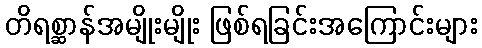
တိရစ္ဆာန်အမျိုးမျိုး ဖြစ်ရခြင်းအကြောင်းများ